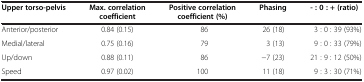
| Upper torso-pelvis | Max. correlation coefficient | Positive correlation coefficient (%) | Phasing | - : 0 : + (ratio) |
 | --- | --- | --- | --- | --- |
 | Anterior/posterior | 0.84 (0.15) | 86 | 26 (18) | 3 : 0 : 39 (93%) |
 | Medial/lateral | 0.75 (0.16) | 79 | 3 (13) | 9 : 0 : 33 (79%) |
 | Up/down | 0.88 (0.11) | 86 | −7 (23) | 21 : 9 : 12 (50%) |
 | Speed | 0.97 (0.02) | 100 | 11 (18) | 9 : 3 : 30 (71%) |